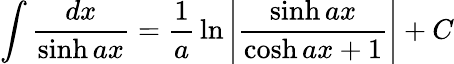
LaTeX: \int{\frac{dx}{\sinh ax}}={\frac{1}{a}}\ln\left|{\frac{\sinh ax}{\cosh ax+1}}\right|+C